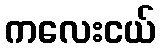
ကလေးငယ်